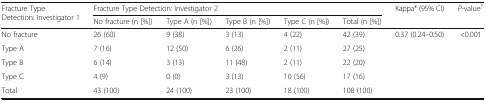
<table><thead><tr><td rowspan="2"><b>Fracture Type Detection: Investigator 1</b></td><td colspan="5"><b>Fracture Type Detection: Investigator 2</b></td><td rowspan="2"><b>Kappa* (95% CI)</b></td><td rowspan="2"><b><i>P</i>-value<sup>†</sup></b></td></tr><tr><td><b>No fracture (n [%])</b></td><td><b>Type A (n [%])</b></td><td><b>Type B (n [%])</b></td><td><b>Type C (n [%])</b></td><td><b>Total (n [%])</b></td></tr></thead><tbody><tr><td>No fracture</td><td>26 (60)</td><td>9 (38)</td><td>3 (13)</td><td>4 (22)</td><td>42 (39)</td><td rowspan="4">0.37 (0.24–0.50)</td><td rowspan="4">&lt;0.001</td></tr><tr><td>Type A</td><td>7 (16)</td><td>12 (50)</td><td>6 (26)</td><td>2 (11)</td><td>27 (25)</td></tr><tr><td>Type B</td><td>6 (14)</td><td>3 (13)</td><td>11 (48)</td><td>2 (11)</td><td>22 (20)</td></tr><tr><td>Type C</td><td>4 (9)</td><td>0 (0)</td><td>3 (13)</td><td>10 (56)</td><td>17 (16)</td></tr><tr><td>Total</td><td>43 (100)</td><td>24 (100)</td><td>23 (100)</td><td>18 (100)</td><td>108 (100)</td><td></td><td></td></tr></tbody></table>